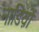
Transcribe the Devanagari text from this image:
नाडिय़ों